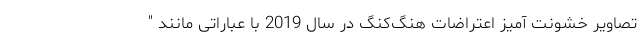
تصاویر خشونت آمیز اعتراضات هنگ‌کنگ در سال 2019 با عباراتی مانند "